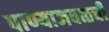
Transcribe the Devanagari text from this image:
पाण्याजवळची